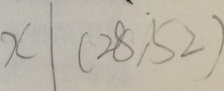
x \vert ( 2 8 , 5 2 )